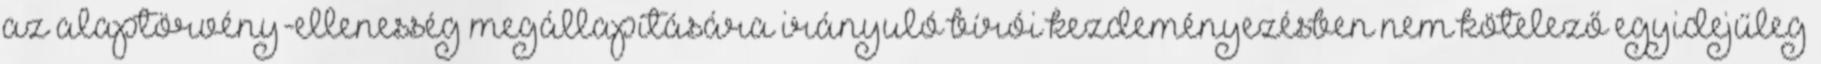
az alaptörvény-ellenesség megállapítására irányuló bírói kezdeményezésben nem kötelező egyidejűleg